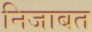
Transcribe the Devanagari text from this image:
निजाबत